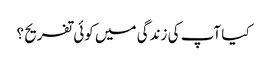
کیا آپ کی زندگی میں کوئی تفریح ؟